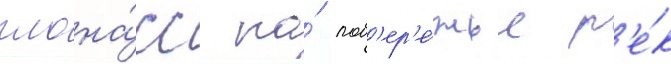
глона́сс на́ поб'ер'е́жье р'е́к